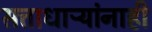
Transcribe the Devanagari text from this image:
सत्ताधाऱ्यांनाही